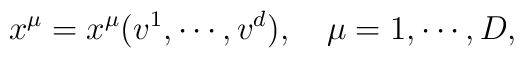
x^\mu =x^\mu (v^1,\cdots ,v^d),\quad \mu =1,\cdots ,D,